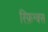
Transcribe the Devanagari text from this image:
स्फ़िन्क्स